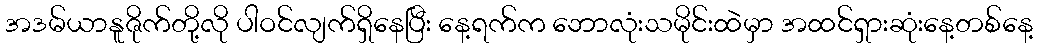
အဒမ်ယာနူဇိုက်တို့လို ပါဝင်လျက်ရှိနေပြီး နေ့ရက်က ဘောလုံးသမိုင်းထဲမှာ အထင်ရှားဆုံးနေ့တစ်နေ့